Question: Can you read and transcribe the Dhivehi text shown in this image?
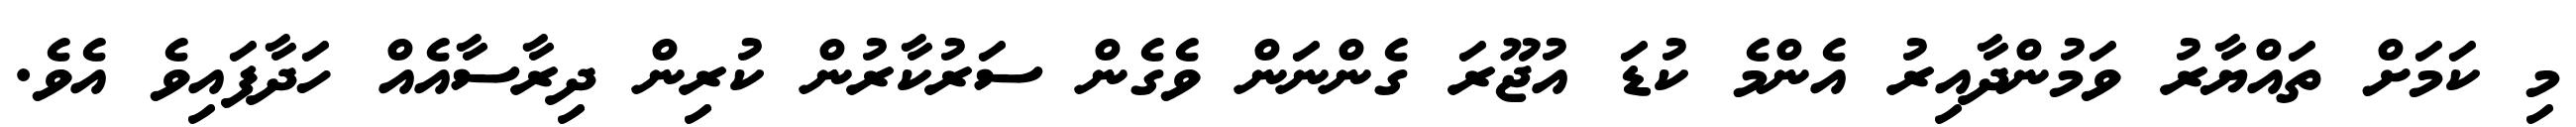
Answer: މި ކަމަށް ތައްޔާރު ވަމުންދާއިރު އެންމެ ކުޑަ އުޖޫރަ ގެންނަން ވެގެން ސަރުކާރުން ކުރިން ދިރާސާއެއް ހަދާފައިވެ އެވެ.